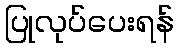
ပြုလုပ်ပေးရန်